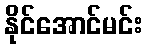
နိုင်အောင်မင်း